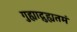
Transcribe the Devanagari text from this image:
गुह्याद्गुह्यतमं